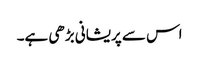
اس سے پریشانی بڑھی ہے۔